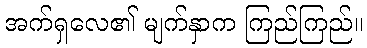
အက်ရှလေ၏ မျက်နှာက ကြည်ကြည်။